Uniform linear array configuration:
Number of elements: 24
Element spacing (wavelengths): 0.75
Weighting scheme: kaiser
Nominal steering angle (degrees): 0
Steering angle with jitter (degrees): -0.8029
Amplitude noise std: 0.05
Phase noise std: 0.05

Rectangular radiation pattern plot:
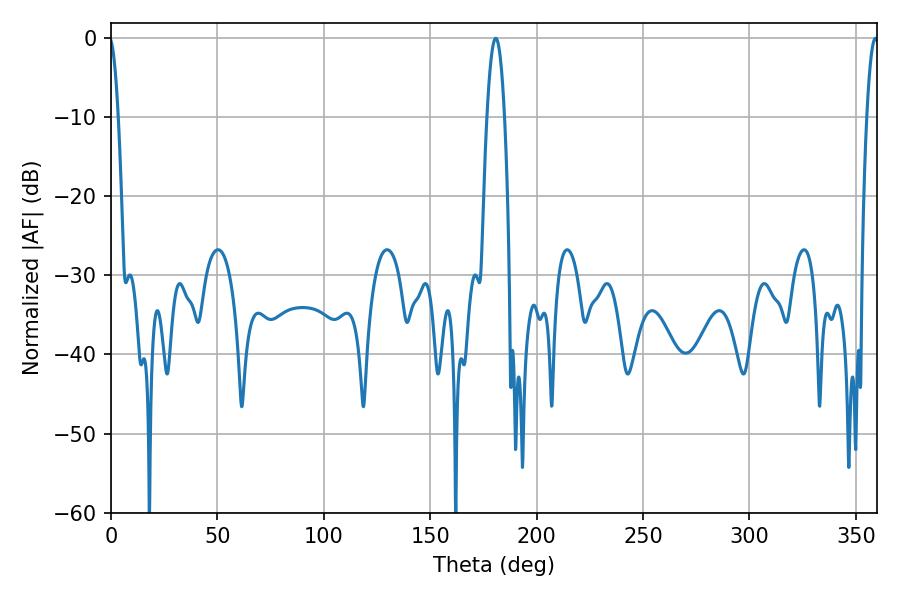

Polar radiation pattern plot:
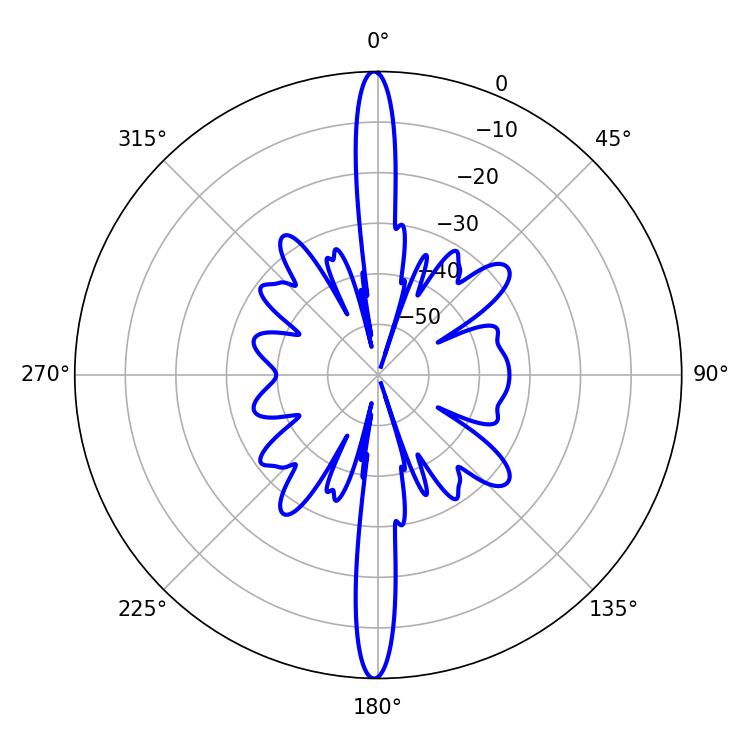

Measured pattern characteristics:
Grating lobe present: TRUE
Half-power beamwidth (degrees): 4.5
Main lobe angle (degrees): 180.72